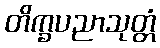
တိက္ခပညာသုတ္တံ